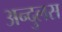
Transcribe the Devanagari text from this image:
अन्दुलस